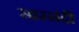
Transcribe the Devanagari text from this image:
सारसंदी